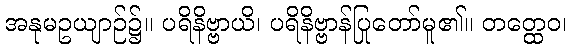
အနုမဥယျာဉ်၌။ ပရိနိဗ္ဗာယိ၊ ပရိနိဗ္ဗာန်ပြုတော်မူ၏။ တတ္ထေဝ၊